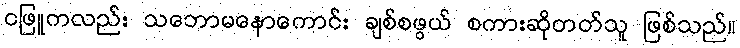
ငဖြူကလည်း သဘောမနောကောင်း ချစ်စဖွယ် စကားဆိုတတ်သူ ဖြစ်သည်။